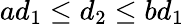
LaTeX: ad_{1}\leq d_{2}\leq bd_{1}